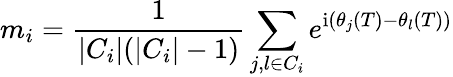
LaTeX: m_{i}=\frac{1}{|C_{i}|(|C_{i}|-1)}\sum_{j,l\in C_{i}}e^{\mathrm{i}(\theta_{j}(T)-\theta_{l}(T))}